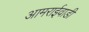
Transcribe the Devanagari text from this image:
आमराईवाडी